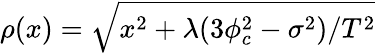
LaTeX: \rho(x)=\sqrt{x^{2}+\lambda(3\phi_{c}^{2}-\sigma^{2})/T^{2}}